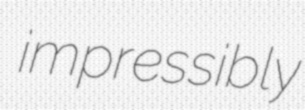
impressibly